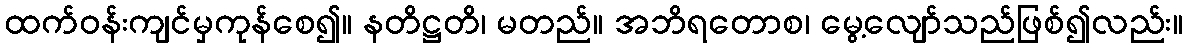
ထက်ဝန်းကျင်မှကုန်စေ၍။ နတိဋ္ဌတိ၊ မတည်။ အဘိရတောစ၊ မွေ့လျော်သည်ဖြစ်၍လည်း။